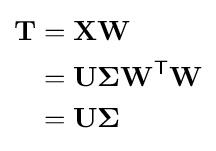
{\begin{aligned}\mathbf {T} &=\mathbf {X} \mathbf {W} \\&=\mathbf {U} \mathbf {\Sigma } \mathbf {W} ^{\mathsf {T}}\mathbf {W} \\&=\mathbf {U} \mathbf {\Sigma } \end{aligned}}